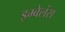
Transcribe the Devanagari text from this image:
इम्बेलंस